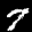
Label: 7